Report of the Municipal Commissioner on the plague in Bombay for the year ending 31st May... - Volume 1
Disease focus: Plague
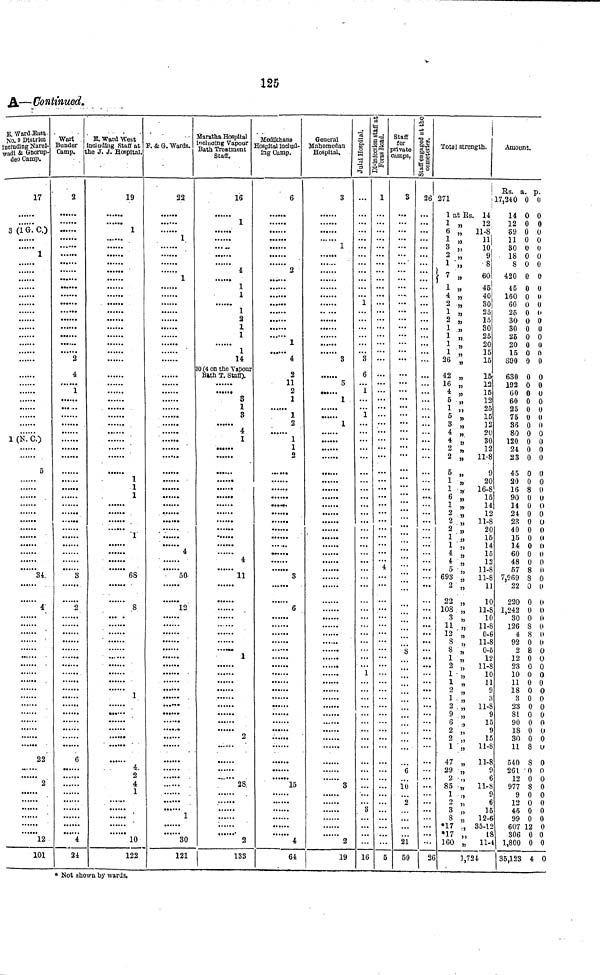
125
A—Continued.
E. Ward East.
No. 9 District
including Narel-
wadi & Ghorup-
deo Camp.
17
....
3 (1 G. C.)
......
1
1 (N. C.)
5
......
......
......
34.
......
4
22
......
......
2
12
101
Camp.
2
....
.....
....
......
2
4
1
......
......
......
......
......
3
......
......
2
......
6
....
24
ie J. J. Hospital.
19
......
1
......
......
....
......
1
1
1
......
1
......
......
68
......
......
8
... .
......
......
1
......
4.
2
4
1
10
122
F. & G. Wards.
22
1
1
......
......
......
....
......
4
......
50
......
12
......
......
....
1
30
121
16
.
1
....
......
4
1
1
......
1
2
1
1
1
14
0 (4 on the Vapour
Bath T. Staff).
3
1
3
4
1
......
......
......
4
...... 11
......
2
......
28.
2
133
6
......
......
2
....
1
......
4
2
11
2
1
......
1
2
......
1
1
2
......
......
......
...
......
3
......
6
......
......
......
......
15
4
64
3
1
3
5
....
1
1
......
3
2
19
Julal Hospital.
...
1
3
6
1
i
...
1
...
3
...
16
Foras Road.
1
...
...
...
...
...
4
...
...
...
...
5
camps.
3
...
...
...
...
...
...
...
....
...
...
...
...
...
...
8
...
...
...
...
6
10
2
...
21
50
cemeteries.
1
26
...
...
...
...
...
...
...
...
....
...
...
...
...
...
...
...
...
...
...
...
...
...
...
...
...
...
...
...
...
...
...
...
...
...
...
...
...
...
...
...
...
...
2C
Total strength.
271
1 at Rs. 14
1 „
12
6 „ 11-8
1 "
11
3 „
10
2 "
9
1 „
8
7
"
60
1 „
45
4 „
40
2 „
80
1 „
25
2 „
15
1 .„
30
1 „
25
1 ,;
20
1 „
15
26 „
15
42 „
15
16 „
12
4 „
15
5 „
12
1 „
25
5
,,
15
3 „
12
4 „
20
4 "
30
2 „
12
2 „ 11-8
5 „
9
1 „
20
1 „ 16-8
6 „
15
1 „
14
2 „
12
2 „ 11-8
2 "
20
1 „
15
1 .,
14
4 „
15
4 „
12
5 „ 11-8
693 „ 11-8
2 „
11
22 „
10
108 „ 11-8
3 „
10
11 „
11-8
12 ' „
0-6
8 „ 11-8
8 „
0-5
1 „
12
2 „
11-8
1 „
10
1 „
11
2 „
9
1 „
3
2 . „ 11-8
9 „
9
6 .,
15
2 „
9
2 „
15
1 ,,
11-8
47 „ 11-8
29 „
0
2 „
6
85 „ 11-8
1 „
9
2 „
6
3 "
15
8 „ 12-6
*17 ., 35-12
*17 „
18
160 „ 11-4
3,724
Amount.
Rs. a. p.
17,240 0 0
14 0 0
12 0 0
89 0 0
11 0 0
30 0 0
18 0 0
8 0 0
420 0 0
45 0 0
160 0 0
60 0 0
25 0 0
30 0 0
30 0 0
25 0 0
20 0 0
15 0 0
390 0 0
630 0 0
192 0 0
60 0 0
60 0 0
25 0 0
75 0 0
36 0 0
80 0 0
120 0 0
24 0 0
23 0 0
45 0 0
20 0 0
16 8 0
90 0 0
14 0 0
24 0 0
23 0 0
40 0 0
15 0 0
14 0 0
60 0 0
48 0 0
67 8 0
7,969 8 0
22 0 0
220 0 0
1,242 0 0
30 0 0
126 8 0
4 8 0
92 0 0
2 8 0
12 0 0
23 0 0
10 0 0
11 0 0
18 0 0
3 0 0
23 0 0
81 0 U
90 0 0
18 0 0
30 0 0
11 8 0
540 8 0
261 0 0
12 0 0
977 8 0
9 0 0
12 0 0
45 0 0
99 0 0
607 12 0
306 0 0
1,800 0 0
35,123 4 0
* Not shown by wards.